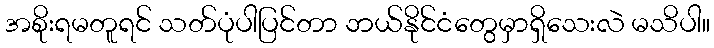
အစိုးရမတူရင် သတ်ပုံပါပြင်တာ ဘယ်နိုင်ငံတွေမှာရှိသေးလဲ မသိပါ။